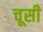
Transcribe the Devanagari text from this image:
चूसी